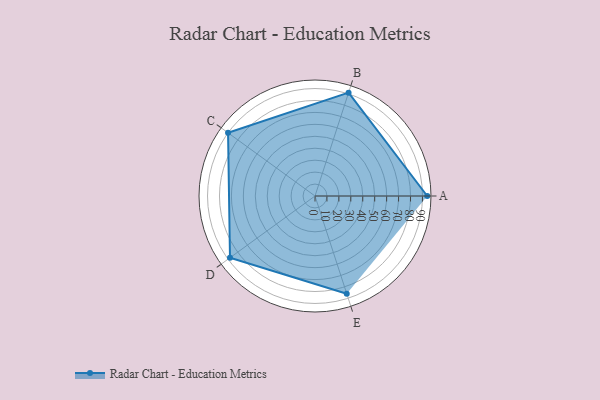
{"axis": {"x": "Skill", "y": "Score"}, "legend": ["Profile"], "data": [{"x": "A", "y": 94.0, "type": "Profile"}, {"x": "B", "y": 91.0, "type": "Profile"}, {"x": "C", "y": 90.0, "type": "Profile"}, {"x": "D", "y": 88.0, "type": "Profile"}, {"x": "E", "y": 86.0, "type": "Profile"}]}